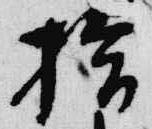
拾